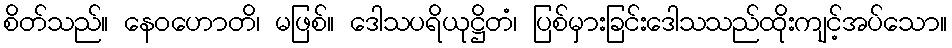
စိတ်သည်။ နေဝဟောတိ၊ မဖြစ်။ ဒေါသပရိယုဋ္ဌိတံ၊ ပြစ်မှားခြင်းဒေါသသည်ထိုးကျင့်အပ်သော။